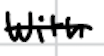
Text: with
Cross-out: single-line
Writing tool: digital_black